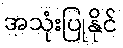
အသုံးပြုနိုင်